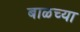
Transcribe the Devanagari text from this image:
बाळच्या